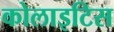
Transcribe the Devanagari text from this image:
कोलाइटिस